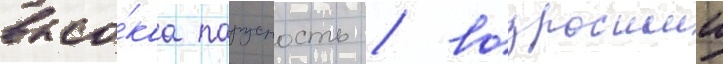
высо́каа парусность / возросшии